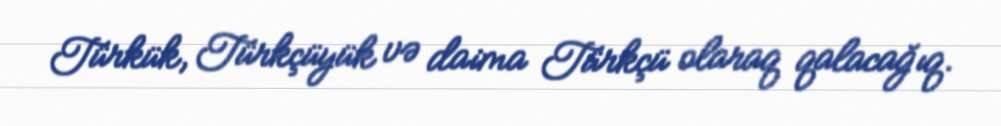
Türkük, Türkçüyük və daima Türkçü olaraq qalacağıq.